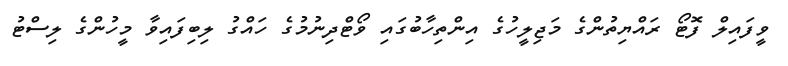
ވީފައިލް ފޮޓޯ ރައްޔިތުންގެ މަޖިލީހުގެ އިންތިހާބުގައި ވޯޓްދިނުމުގެ ހައްގު ލިބިފައިވާ މީހުންގެ ލިސްޓު